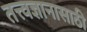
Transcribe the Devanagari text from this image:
तत्त्वज्ञानासाठी